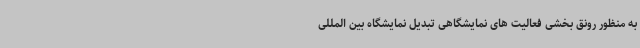
به منظور رونق بخشی فعالیت های نمایشگاهی تبدیل نمایشگاه بین المللی